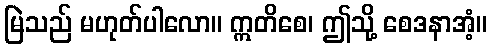
မြဲသည် မဟုတ်ပါလော။ ဣတိစေ၊ ဤသို့ စေဒနာအံ့။